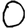
Digit: 0